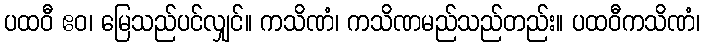
ပထဝီ ဧဝ၊ မြေသည်ပင်လျှင်။ ကသိဏံ၊ ကသိဏမည်သည်တည်း။ ပထဝီကသိဏံ၊